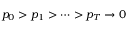
p _ { 0 } > p _ { 1 } > \dots > p _ { T } \rightarrow 0